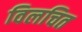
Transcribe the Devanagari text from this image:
विलचित